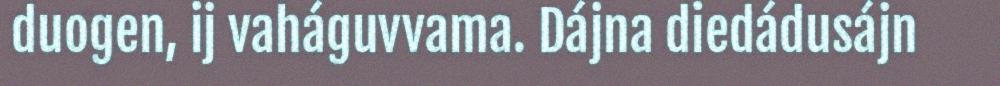
duogen, ij vaháguvvama. Dájna diedádusájn